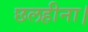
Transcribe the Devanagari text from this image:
छलहीना।